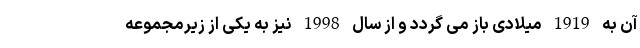
آن به 1919 میلادی باز می گردد و از سال 1998 نیز به یکی از زیرمجموعه